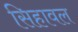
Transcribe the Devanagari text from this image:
सिहावल